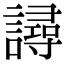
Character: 𧫿